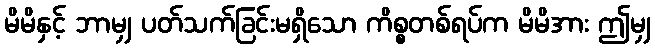
မိမိနှင့် ဘာမျှ ပတ်သက်ခြင်းမရှိသော ကိစ္စတစ်ရပ်က မိမိအား ဤမျှ